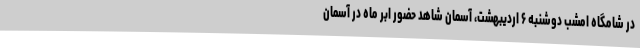
در شامگاه امشب دوشنبه ۶ اردیبهشت، آسمان شاهد حضور ابر ماه در آسمان